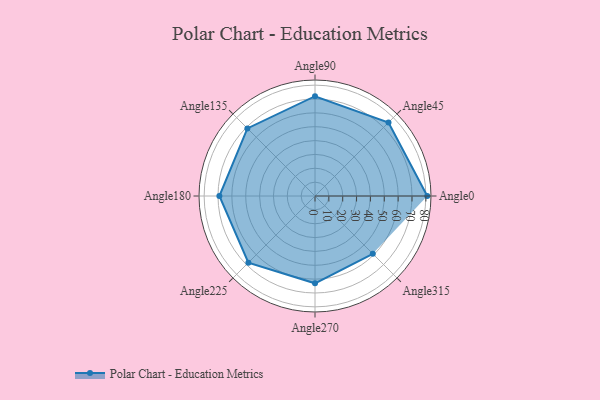
{"axis": {"x": "Angle", "y": "Radius"}, "legend": [""], "data": [{"x": "Angle0", "y": 81.0, "type": ""}, {"x": "Angle45", "y": 75.0, "type": ""}, {"x": "Angle90", "y": 72.0, "type": ""}, {"x": "Angle135", "y": 69.0, "type": ""}, {"x": "Angle180", "y": 69.0, "type": ""}, {"x": "Angle225", "y": 68.0, "type": ""}, {"x": "Angle270", "y": 63.0, "type": ""}, {"x": "Angle315", "y": 59.0, "type": ""}]}